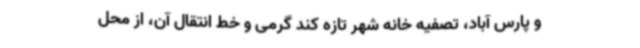
و پارس آباد، تصفیه خانه شهر تازه کند گرمی و خط انتقال آن، از محل